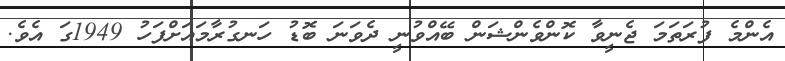
އެންމެ ފުރަތަމަ ޖެނީވާ ކޮންވެންޝަން ބޭއްވުނީ ދެވަނަ ބޮޑު ހަނގުރާމައަށްފަހު 1949ގަ އެވެ.